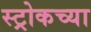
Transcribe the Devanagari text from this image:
स्ट्रोकच्या